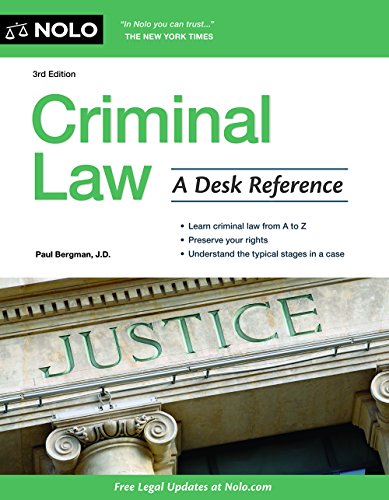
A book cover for Criminal Law: A Desk Reference; Paul Bergman J.D.; Law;